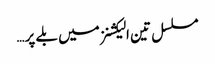
مسلسل تین الیکشنز میں بلے پر…